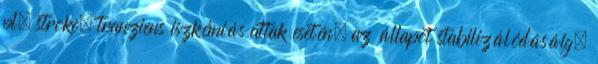
pl. stroke, tranziens iszkémiás attak esetén, az állapot stabilizálódásáig.